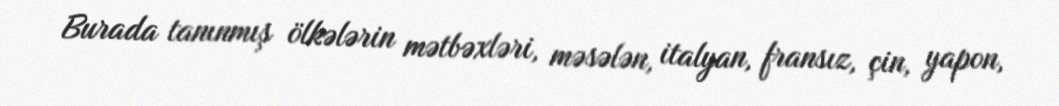
Burada tanınmış ölkələrin mətbəxləri, məsələn, italyan, fransız, çin, yapon,